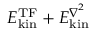
E _ { \mathrm { k i n } } ^ { \mathrm { T F } } + E _ { \mathrm { k i n } } ^ { \boldsymbol { \nabla } ^ { 2 } }